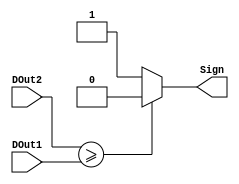
/* Module for signed comparator */
module comparator(Sign, DOut2, DOut1);

/* Define I/O */
output Sign;
input [7:0]DOut2;
input [7:0]DOut1;

/* Define reg and wires */
reg Sign;

/* Logic for comparator */
always @ (DOut2 or DOut1)
begin
    if($signed(DOut2) >= $signed(DOut1))
    begin
        Sign = 0;
    end

    else
    begin
        Sign = 1;
    end
end

endmodule